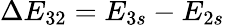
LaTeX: \Delta E_{32}=E_{3s}-E_{2s}